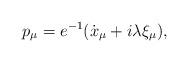
LaTeX: \begin{align*}p_\mu=e^{-1}(\dot{x}_\mu+i\lambda\xi_\mu),\end{align*}